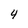
Character: 4